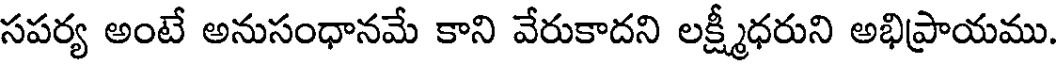
సపర్య అంటే అనుసంధానమే కాని వేరుకాదని లక్ష్మీధరుని అభిప్రాయము.